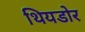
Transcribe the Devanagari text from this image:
थियडोर